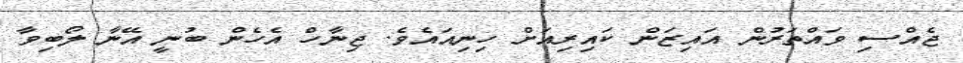
ޖެއްސި ވައްތަރުން އައިޒަން ކައިރިއަށް ހިނިއައެވެ. ޖިނާހް އެހެން ބުނީ އޭނާ ލޯބިވާ